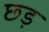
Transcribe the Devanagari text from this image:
छ्ड़